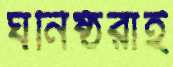
ঘনিষ্ঠরাই